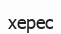
херес